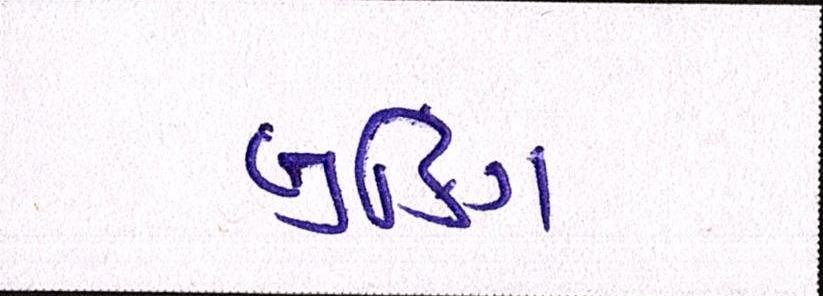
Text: બુકિંગ